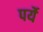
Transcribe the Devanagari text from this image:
पर्ये